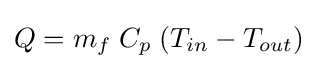
Q=m_{f}\;C_{p}\;(T_{in}-T_{out})